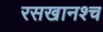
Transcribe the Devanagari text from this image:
रसखानश्च